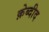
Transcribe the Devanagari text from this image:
क़ेब्दीद